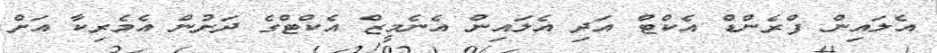
އެލައިން ފްރެންޑް އެކްޓް އަދި އެލައިން އެނެމީޒް އެކްޓްގެ ދަށުން އެމެރިކާ އަށް